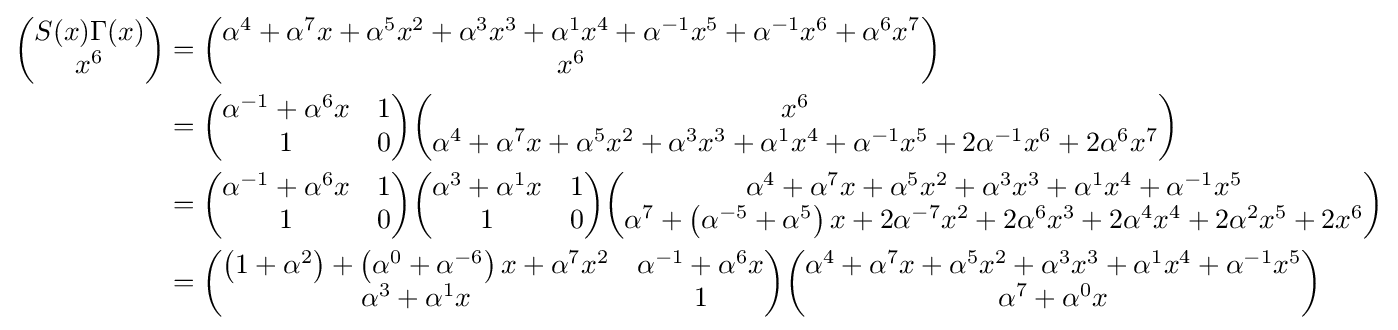
{\begin{aligned}{\begin{pmatrix}S(x)\Gamma (x)\\x^{6}\end{pmatrix}}&={\begin{pmatrix}\alpha ^{4}+\alpha ^{7}x+\alpha ^{5}x^{2}+\alpha ^{3}x^{3}+\alpha ^{1}x^{4}+\alpha ^{-1}x^{5}+\alpha ^{-1}x^{6}+\alpha ^{6}x^{7}\\x^{6}\end{pmatrix}}\\&={\begin{pmatrix}\alpha ^{-1}+\alpha ^{6}x&1\\1&0\end{pmatrix}}{\begin{pmatrix}x^{6}\\\alpha ^{4}+\alpha ^{7}x+\alpha ^{5}x^{2}+\alpha ^{3}x^{3}+\alpha ^{1}x^{4}+\alpha ^{-1}x^{5}+2\alpha ^{-1}x^{6}+2\alpha ^{6}x^{7}\end{pmatrix}}\\&={\begin{pmatrix}\alpha ^{-1}+\alpha ^{6}x&1\\1&0\end{pmatrix}}{\begin{pmatrix}\alpha ^{3}+\alpha ^{1}x&1\\1&0\end{pmatrix}}{\begin{pmatrix}\alpha ^{4}+\alpha ^{7}x+\alpha ^{5}x^{2}+\alpha ^{3}x^{3}+\alpha ^{1}x^{4}+\alpha ^{-1}x^{5}\\\alpha ^{7}+\left(\alpha ^{-5}+\alpha ^{5}\right)x+2\alpha ^{-7}x^{2}+2\alpha ^{6}x^{3}+2\alpha ^{4}x^{4}+2\alpha ^{2}x^{5}+2x^{6}\end{pmatrix}}\\&={\begin{pmatrix}\left(1+\alpha ^{2}\right)+\left(\alpha ^{0}+\alpha ^{-6}\right)x+\alpha ^{7}x^{2}&\alpha ^{-1}+\alpha ^{6}x\\\alpha ^{3}+\alpha ^{1}x&1\end{pmatrix}}{\begin{pmatrix}\alpha ^{4}+\alpha ^{7}x+\alpha ^{5}x^{2}+\alpha ^{3}x^{3}+\alpha ^{1}x^{4}+\alpha ^{-1}x^{5}\\\alpha ^{7}+\alpha ^{0}x\end{pmatrix}}\end{aligned}}